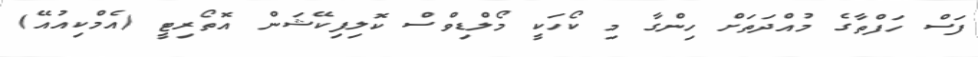
ފަސް ހަފްތާގެ މުއްދަތަށް ހިންގާ މި ކޯހަކީ މޯލްޑިވްސް ކޮލިފިކޭޝަން އޮތޯރިޓީ (އެމްކިއުއޭ)